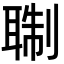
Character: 䎺